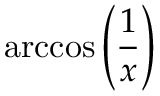
\operatorname { a r c c o s } \left( { \frac { 1 } { x } } \right)